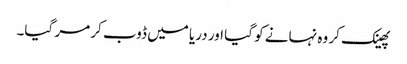
پھینک کر وہ نہانے کو گیا اور دریا میں ڈوب کر مر گیا۔